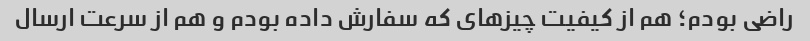
راضی بودم؛ هم از کیفیت چیزهای که سفارش داده بودم و هم از سرعت ارسال